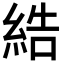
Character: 𦀽